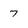
Character: 7